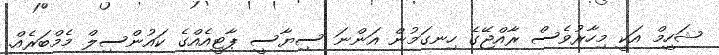
ޝަހީމް އަކީ މިހާރުވެސް ރާއްޖޭގެ ހިނގަމުން އަންނަ ސިޔާސީ ޕާޓީއެއްގެ ކައުންސިލް މެމްބަރެއް.